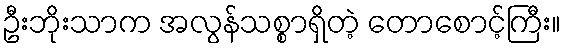
ဦးဘိုးသာက အလွန်သစ္စာရှိတဲ့ တောစောင့်ကြီး။